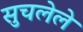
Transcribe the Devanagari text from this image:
सुचलेले